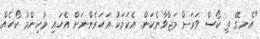
"އެނގޭ ތި ކޯސް ވަރަށް މަޖާވާނެކަން. އެކަމަކު އަހަރެންނަށް އެހައި މުހިންމު ކޯހެއް